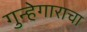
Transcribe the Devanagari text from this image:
गुन्हेगाराचा